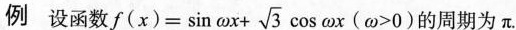
例设函数 $$f(x)= \sin \omega x+ \sqrt{3}\cos \omega x(\omega >0)$$ 的周期为π。